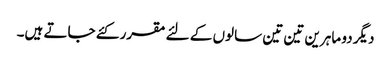
دیگر دو ماہرین تین تین سالوں کے لئے مقرر کئے جاتے ہیں۔